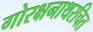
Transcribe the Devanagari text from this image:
गोरक्षनाथरचित